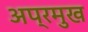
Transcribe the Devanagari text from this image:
अप्रमुख